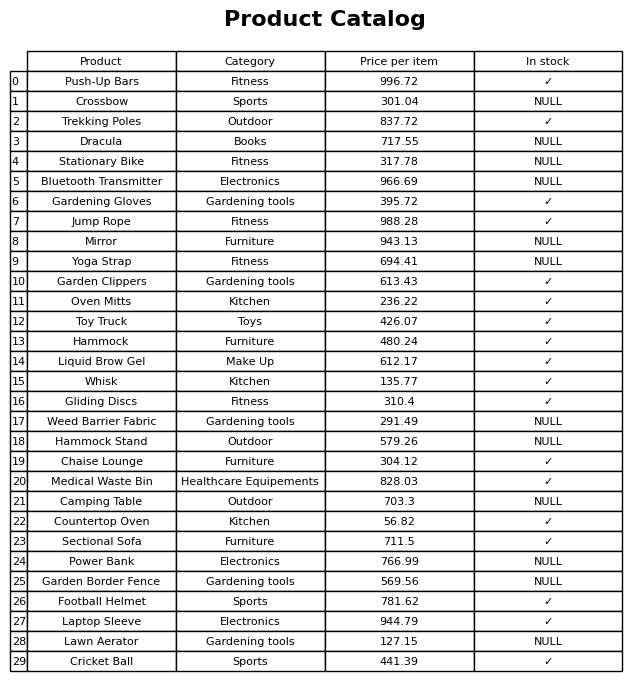
question: What is the price of the Countertop Oven?
answer: The price of Countertop Oven is 56.82.